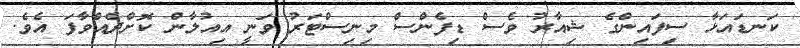
ކަނޑައަޅާ ސިފައިންގެ ޝިއާރު ވެސް ޑިފެންސް މިނިސްޓަރު ވަނީ އިއުލާން ކޮށްދެއްވާފަ އެވެ.